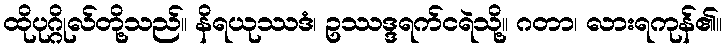
ထိုပုဂ္ဂိုလ်တို့သည်။ နိရယုဿဒံ၊ ဥဿဒ္ဒရက်ငရဲသို့။ ဂတာ၊ လားရကုန်၏။